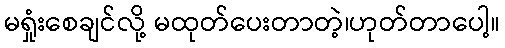
မရှုံးစေချင်လို့ မထုတ်ပေးတာတဲ့၊ဟုတ်တာပေါ့။